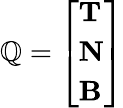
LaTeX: \mathbb{Q}=\left[{\begin{array}{l}{\mathbf{T}}\\ {\mathbf{N}}\\ {\mathbf{B}}\end{array}}\right]